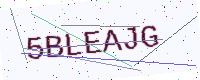
Text: 5BLEAJG